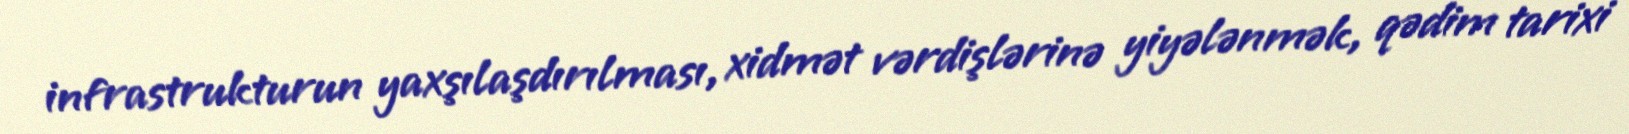
infrastrukturun yaxşılaşdırılması, xidmət vərdişlərinə yiyələnmək, qədim tarixi